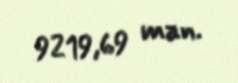
9219,69 man.